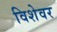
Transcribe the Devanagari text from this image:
विशेवर